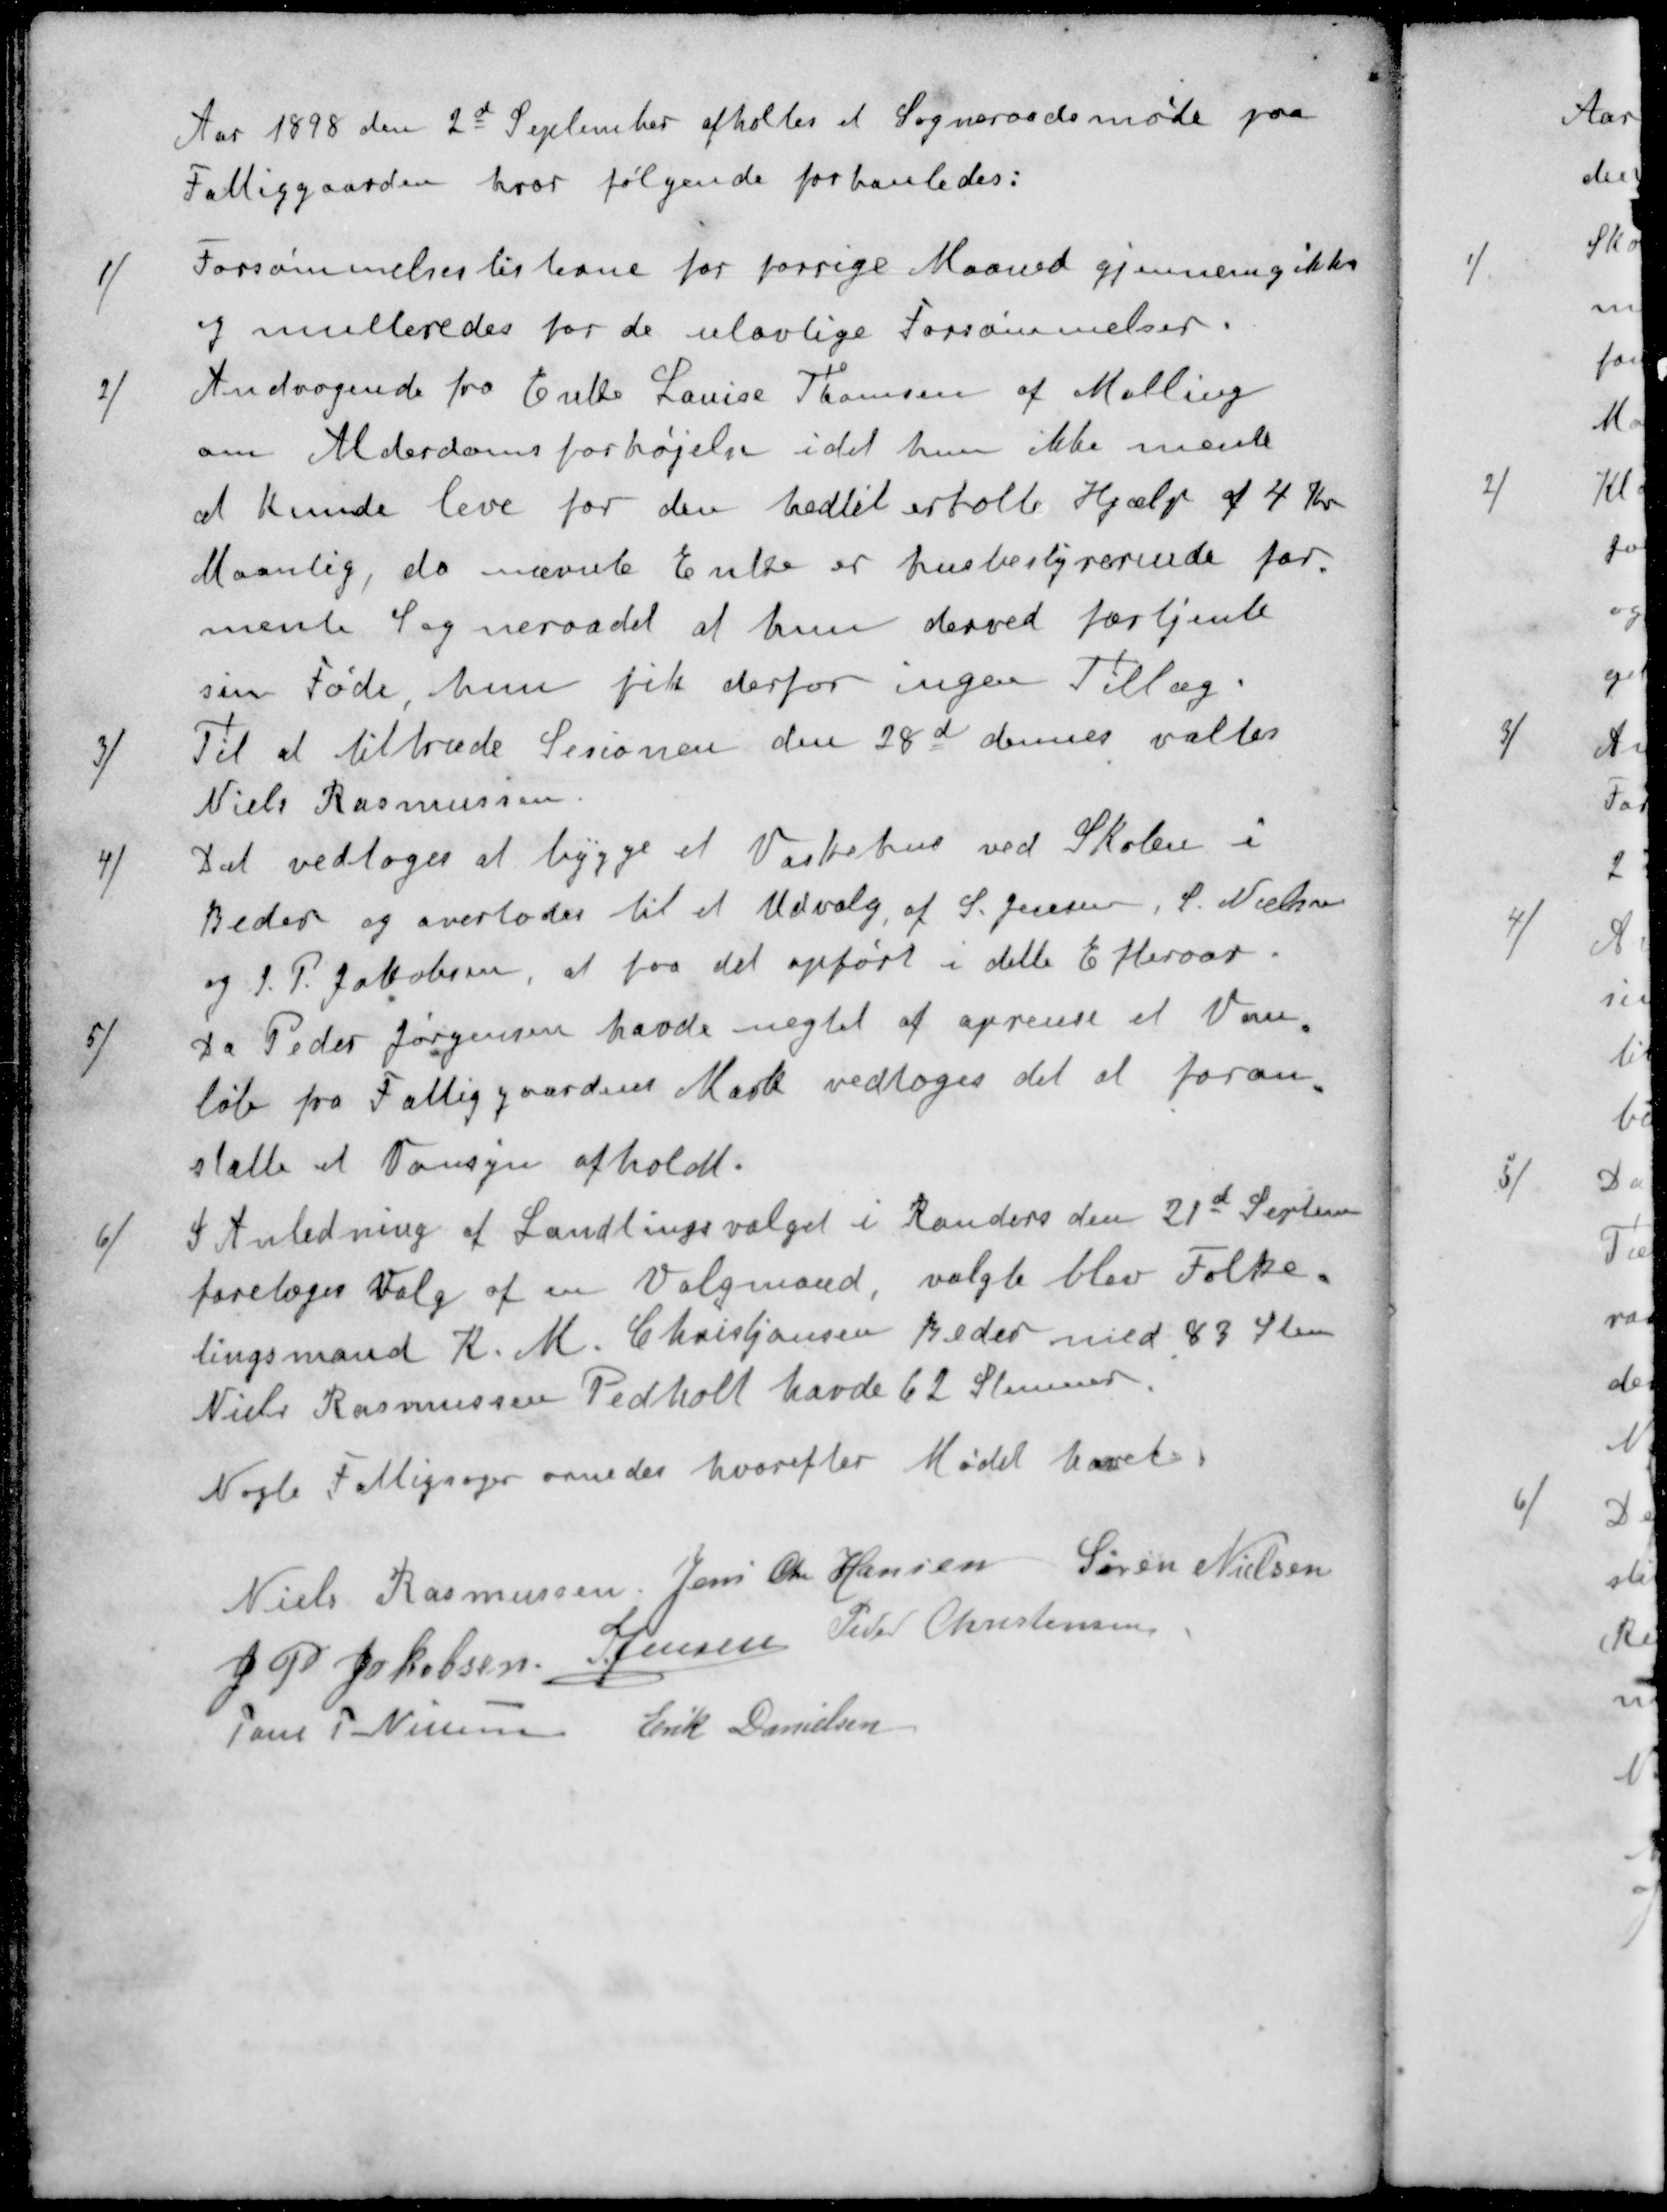
Transskription:
Aar 1898 den 2d September afholtes et Sogneraadsmøde paa
Fattiggaarden, hvor følgende forhanledes:
1/ Forsømmelseslisterne for forrige Maaned gjennemgikkes
og multeredes for de ulovlige Forsømmelser.
2/ Andragende fra Enke Louise Thomsen af Malling
om Alderdomsforhøjelse idet hun ikke mente
at kunde leve for den hedtil erholte Hjælp af 4 Kr.
Maanlig, da nævnte Enke er husbestyrerinde for-
mente Sogneraadet at hun derved fortjente
sin Føde hun fik derfor ingen Tillæg.
3/ Til at tiltræde Sessionen den 28d dennes valtes
Niels Rasmussen
4/ Det vedtoges at bygge et Vaskehus ved Skolen i
Beder og overlodes til et Udvalg af S. Jensen, S. Nielsen
og J. P. Jakobsen, at faa det opført i dette Efteraar.
5/ Da Peder Jørgensen havde negtet af oprense et Van-
løb fra Fattiggaardens Mark vedtoges det at foran-
stalte et Vansyn afholdt.
6/ I Anledning af Landtingsvalget i Randers den 21d Septem
foretoges Valg af en Valgmand valgte blev Folke-
tingsmand K. M. Christjansen Beder med 83 Stem
Niels Rasmussen Pedholt havde 62 Stemmer.
Nogle Fattigsager ornedes hvorefter Mødet hævet
Niels Rasmussen
Jens Chr Hansen
Søren Nielsen
J P Jakobsen
S Jensen
Peder Christensen
Jens P. Nielsen
Erik Danielsen